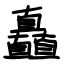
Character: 矗